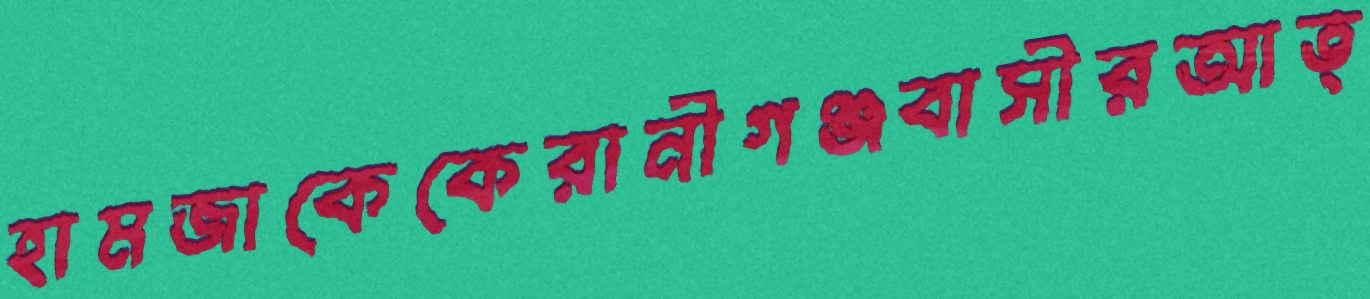
হামজাকেকেরানীগঞ্জবাসীরআত্